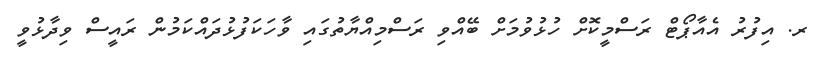
ރ. އިފުރު އެއާޕޯޓް ރަސްމީކޮށް ހުޅުވުމަށް ބޭއްވި ރަސްމިއްޔާތުގައި ވާހަކަފުޅުދައްކަމުން ރައީސް ވިދާޅުވީ